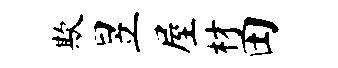
欺昱屋材田